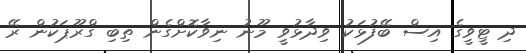
ދި ޓީވީގެ އިސް ބޭފުޅަކު ވިދާޅުވީ މޫނު ނިވާކޮށްގެން ތިބި ގްރޫޕަކުން ރޭ